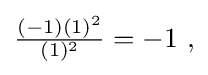
{\textstyle {\frac {(-1)(1)^{2}}{(1)^{2}}}=-1~,}